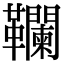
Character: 䪍